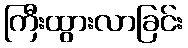
ကြီးထွားလာခြင်း